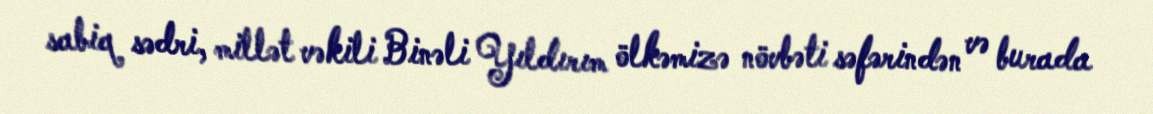
sabiq sədri, millət vəkili Binəli Yıldırım ölkəmizə növbəti səfərindən və burada